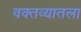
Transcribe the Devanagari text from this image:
वक्तव्यातला